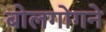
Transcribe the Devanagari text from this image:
बोलगोगने